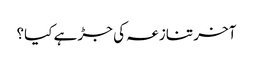
آخر تنازعہ کی جڑ ہے کیا؟